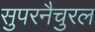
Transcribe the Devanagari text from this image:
सुपरनैचुरल